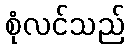
စုံလင်သည်